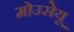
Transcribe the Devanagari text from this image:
मोउसेयू